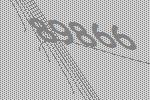
89866